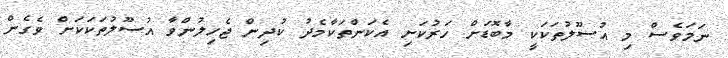
ނަމަވެސް މި އުސޫލުތަކަކީ މާބޮޑަށް ހަރުކަށި އެކަންތަކާމެދު ކުދިން ޖެހިިލުންވާ އުސޫލުތަކަކަށް ވެގެން